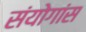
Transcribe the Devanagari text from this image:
संयोगांस